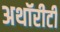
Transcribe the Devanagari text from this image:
अथॉरीटी